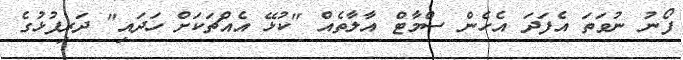
ފޯނު ނުވަތަ އެފަދަ އެހެން ސްމާޓް އާލާތެއް "ކުޅޭ އެއްޗަކަށް ހަދައި" ދަރިފުޅުގެ